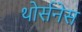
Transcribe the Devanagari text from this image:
थोर्सनेस